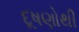
દૂષણોથી